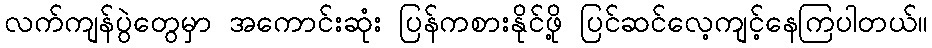
လက်ကျန်ပွဲတွေမှာ အကောင်းဆုံး ပြန်ကစားနိုင်ဖို့ ပြင်ဆင်လေ့ကျင့်နေကြပါတယ်။